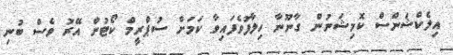
އިިލެކްޝަންސް ކޮމިޝަނުން ގާނޫނާ ހިލާފުވެފައިވާ ކަމަށް ސުޕްރީމް ކޯޓުން އޭރު ވެސް ބުނި